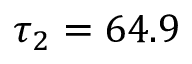
\tau _ { 2 } = 6 4 . 9